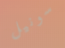
سونيل